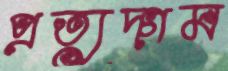
প্রত্যুদ্‌গম